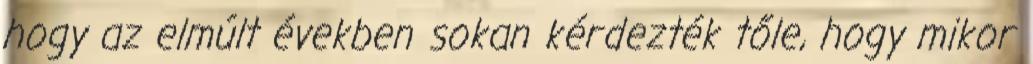
hogy az elmúlt években sokan kérdezték tőle, hogy mikor